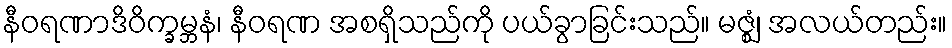
နီဝရဏာဒိဝိက္ခမ္ဘနံ၊ နီဝရဏ အစရှိသည်ကို ပယ်ခွာခြင်းသည်။ မဇ္ဈံ၊ အလယ်တည်း။